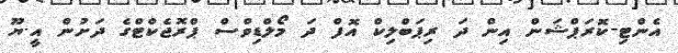
އެންޓި-ކޮރަޕްޝަން އިން ދަ ރިޕަބްލިކް އޮފް ދަ މޯލްޑިވްސް ޕްރޮޖެކްޓްގެ ދަށުން އީ.ޔޫ